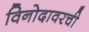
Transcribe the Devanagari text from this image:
विनोदावरची